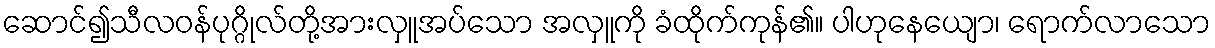
ဆောင်၍သီလဝန်ပုဂ္ဂိုလ်တို့အားလှူအပ်သော အလှူကို ခံထိုက်ကုန်၏။ ပါဟုနေယျော၊ ရောက်လာသော